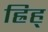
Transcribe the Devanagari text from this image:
ह्रिह्